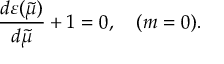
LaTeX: \frac { d \varepsilon ( \tilde { \mu } ) } { d \tilde { \mu } } + 1 = 0 , \quad ( m = 0 ) .